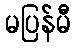
မပြန်မီ